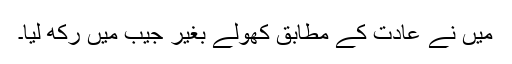
میں نے عادت کے مطابق کھولے بغیر جیب میں رکھ لیا۔